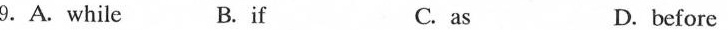
9.A.While B. if C. as D.before